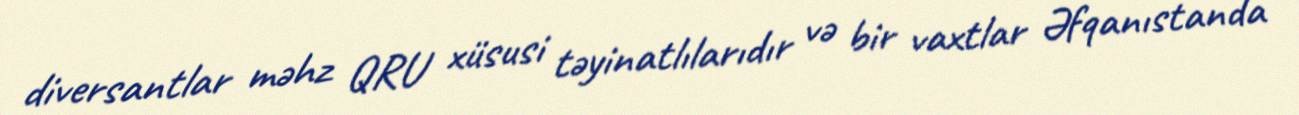
diversantlar məhz QRU xüsusi təyinatlılarıdır və bir vaxtlar Əfqanıstanda